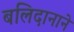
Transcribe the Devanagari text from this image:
बलिदानाने